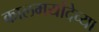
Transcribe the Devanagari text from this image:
कालमर्यादेच्या